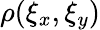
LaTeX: \rho(\xi_{x},\xi_{y})